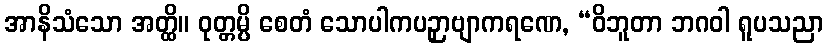
အာနိသံသော အတ္ထိ။ ဝုတ္တမ္ပိ စေတံ သောပါကပဉှာဗျာကရဏေ, “ဝိဘူတာ ဘဂဝါ ရူပသညာ